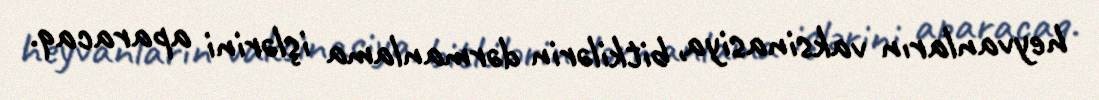
heyvanların vaksinasiya, bitkilərin dərmanlama işlərini aparacaq.